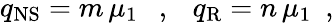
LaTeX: q_{\mathrm{NS}}=m\, \mu_{1}~~~,~~~q_{\mathrm{R}}=n\, \mu_{1}~~,